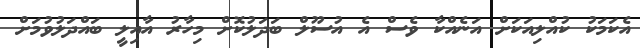
އެކަމަކު ކުއްލިއަކަށް އަނެއްކާ ވެސް އެ އުސޫލް ބަދަލުކޮށް މިހާރު އާއިލީ ބައްދަލުވުމަށް